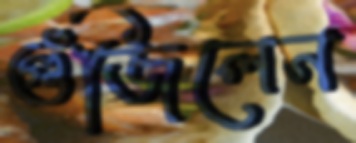
গুঁজিলেন